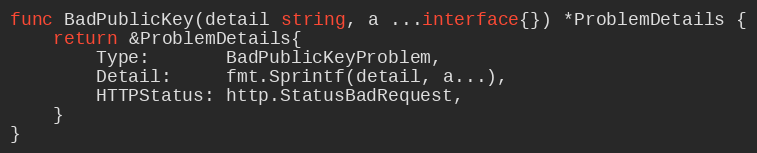
Language: Go
func BadPublicKey(detail string, a ...interface{}) *ProblemDetails {
	return &ProblemDetails{
		Type:       BadPublicKeyProblem,
		Detail:     fmt.Sprintf(detail, a...),
		HTTPStatus: http.StatusBadRequest,
	}
}